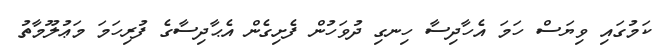
ކަމުގައި ވިޔަސް ހަމަ އެހާދިސާ ހިނގި ދުވަހުން ފެށިގެން އެޙާދިސާގެ ފުރިހަމަ މަޢުލޫމާތު